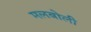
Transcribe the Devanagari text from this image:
मलबोली